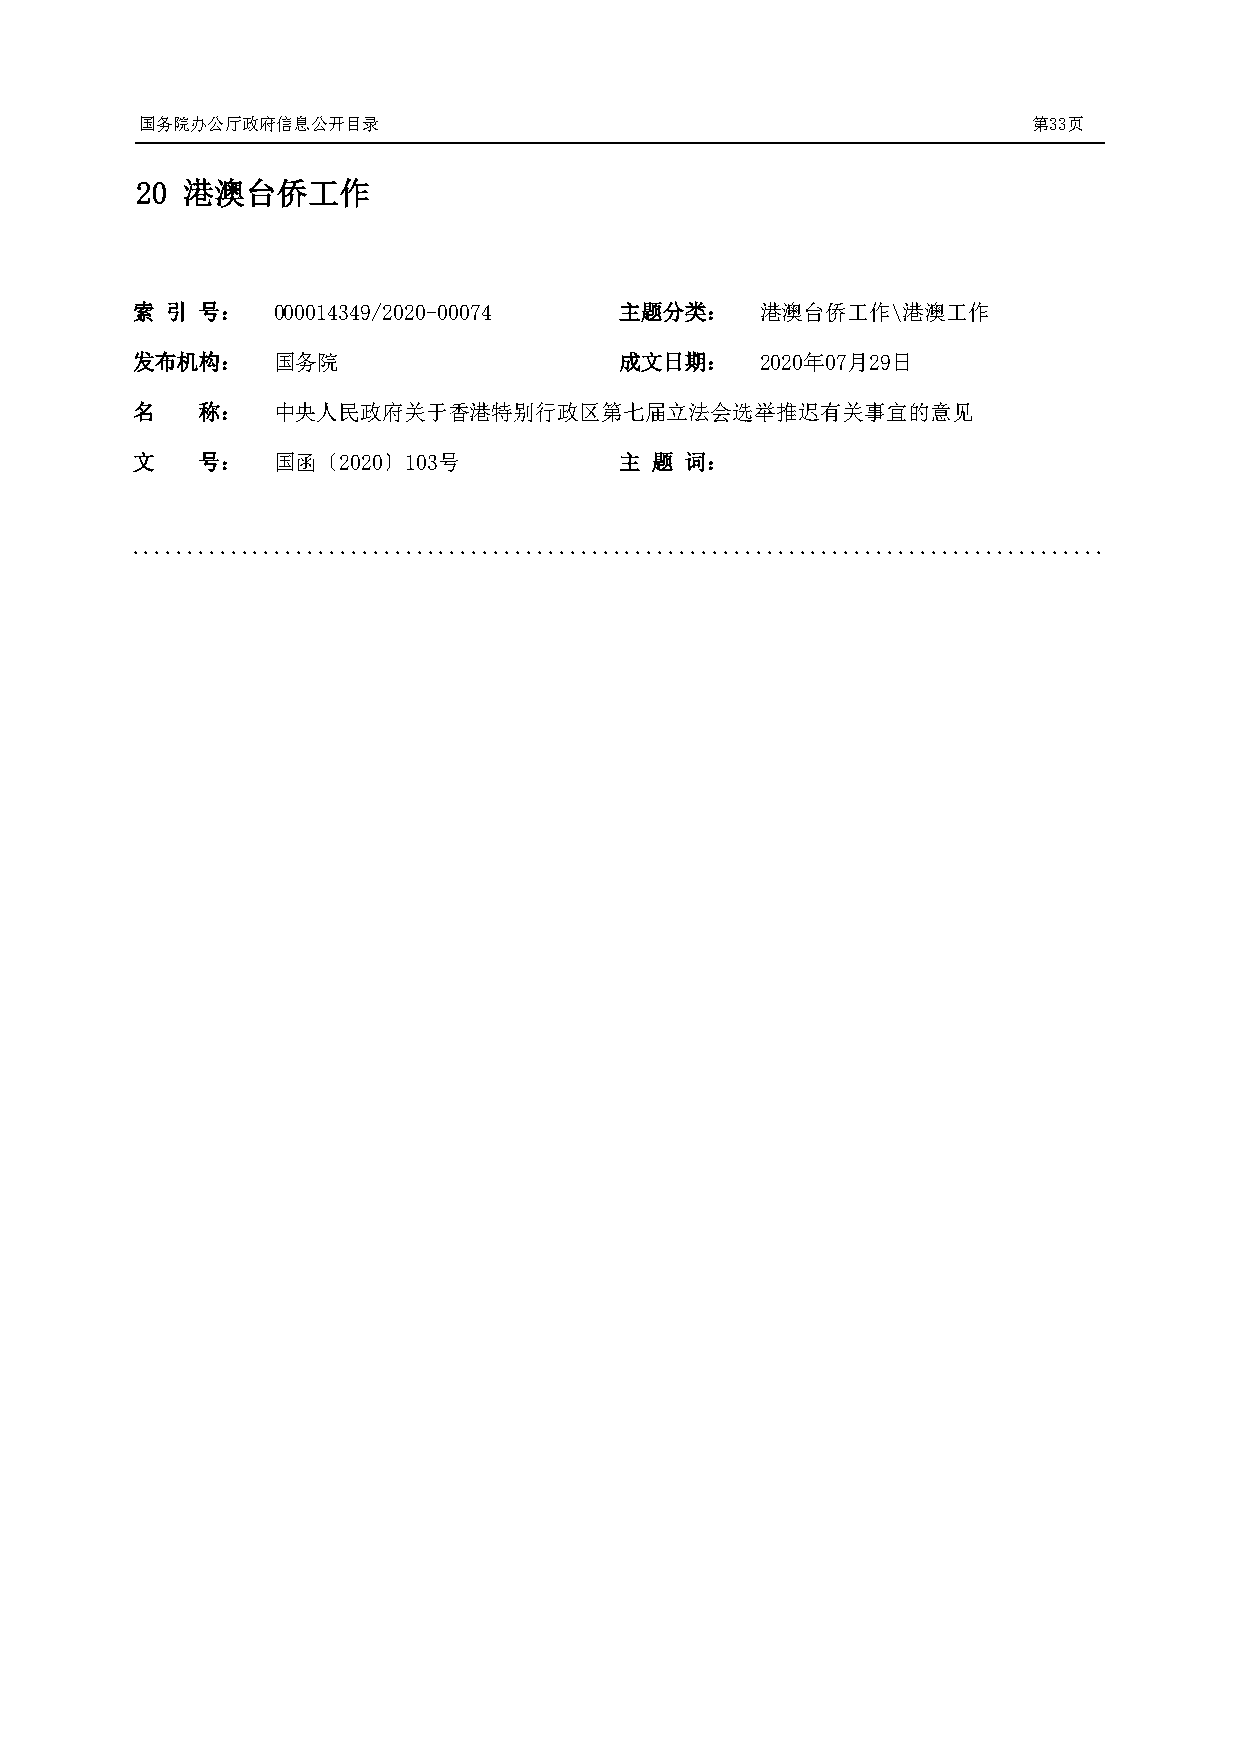
国务院办公厅政府信息公开目录                                             第33页
 20 港澳台侨工作
 索 引 号：   000014349/2020-00074   主题分类：    港澳台侨工作\港澳工作
 发布机构：    国务院                    成文日期：    2020年07月29日
 名   称：   中央人民政府关于香港特别行政区第七届立法会选举推迟有关事宜的意见
 文   号：   国函〔2020〕103号           主 题 词：
 .........................................................................................